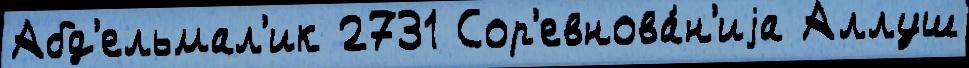
Абд'ельмал'ик 2731 Сор'евнова́н'иjа Аллуш